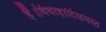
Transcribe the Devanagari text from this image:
हैं।विवाहादिसमस्त